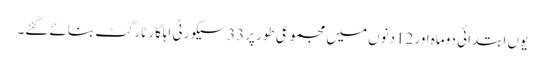
یوں ابتدائی دوماہ اور 12دنوں میں مجموعی طور پر33سیکورٹی اہلکار ٹارگٹ بنائے گئے۔